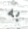
به